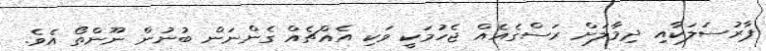
ޕާރުސަލަކާއި ދިމާލަށް ރަސްގެއެއް ޖެހުމަކީ ވަކި އެއްޗެއް ގެންނަން ބުނުން ނޫންތޯ އެވެ.